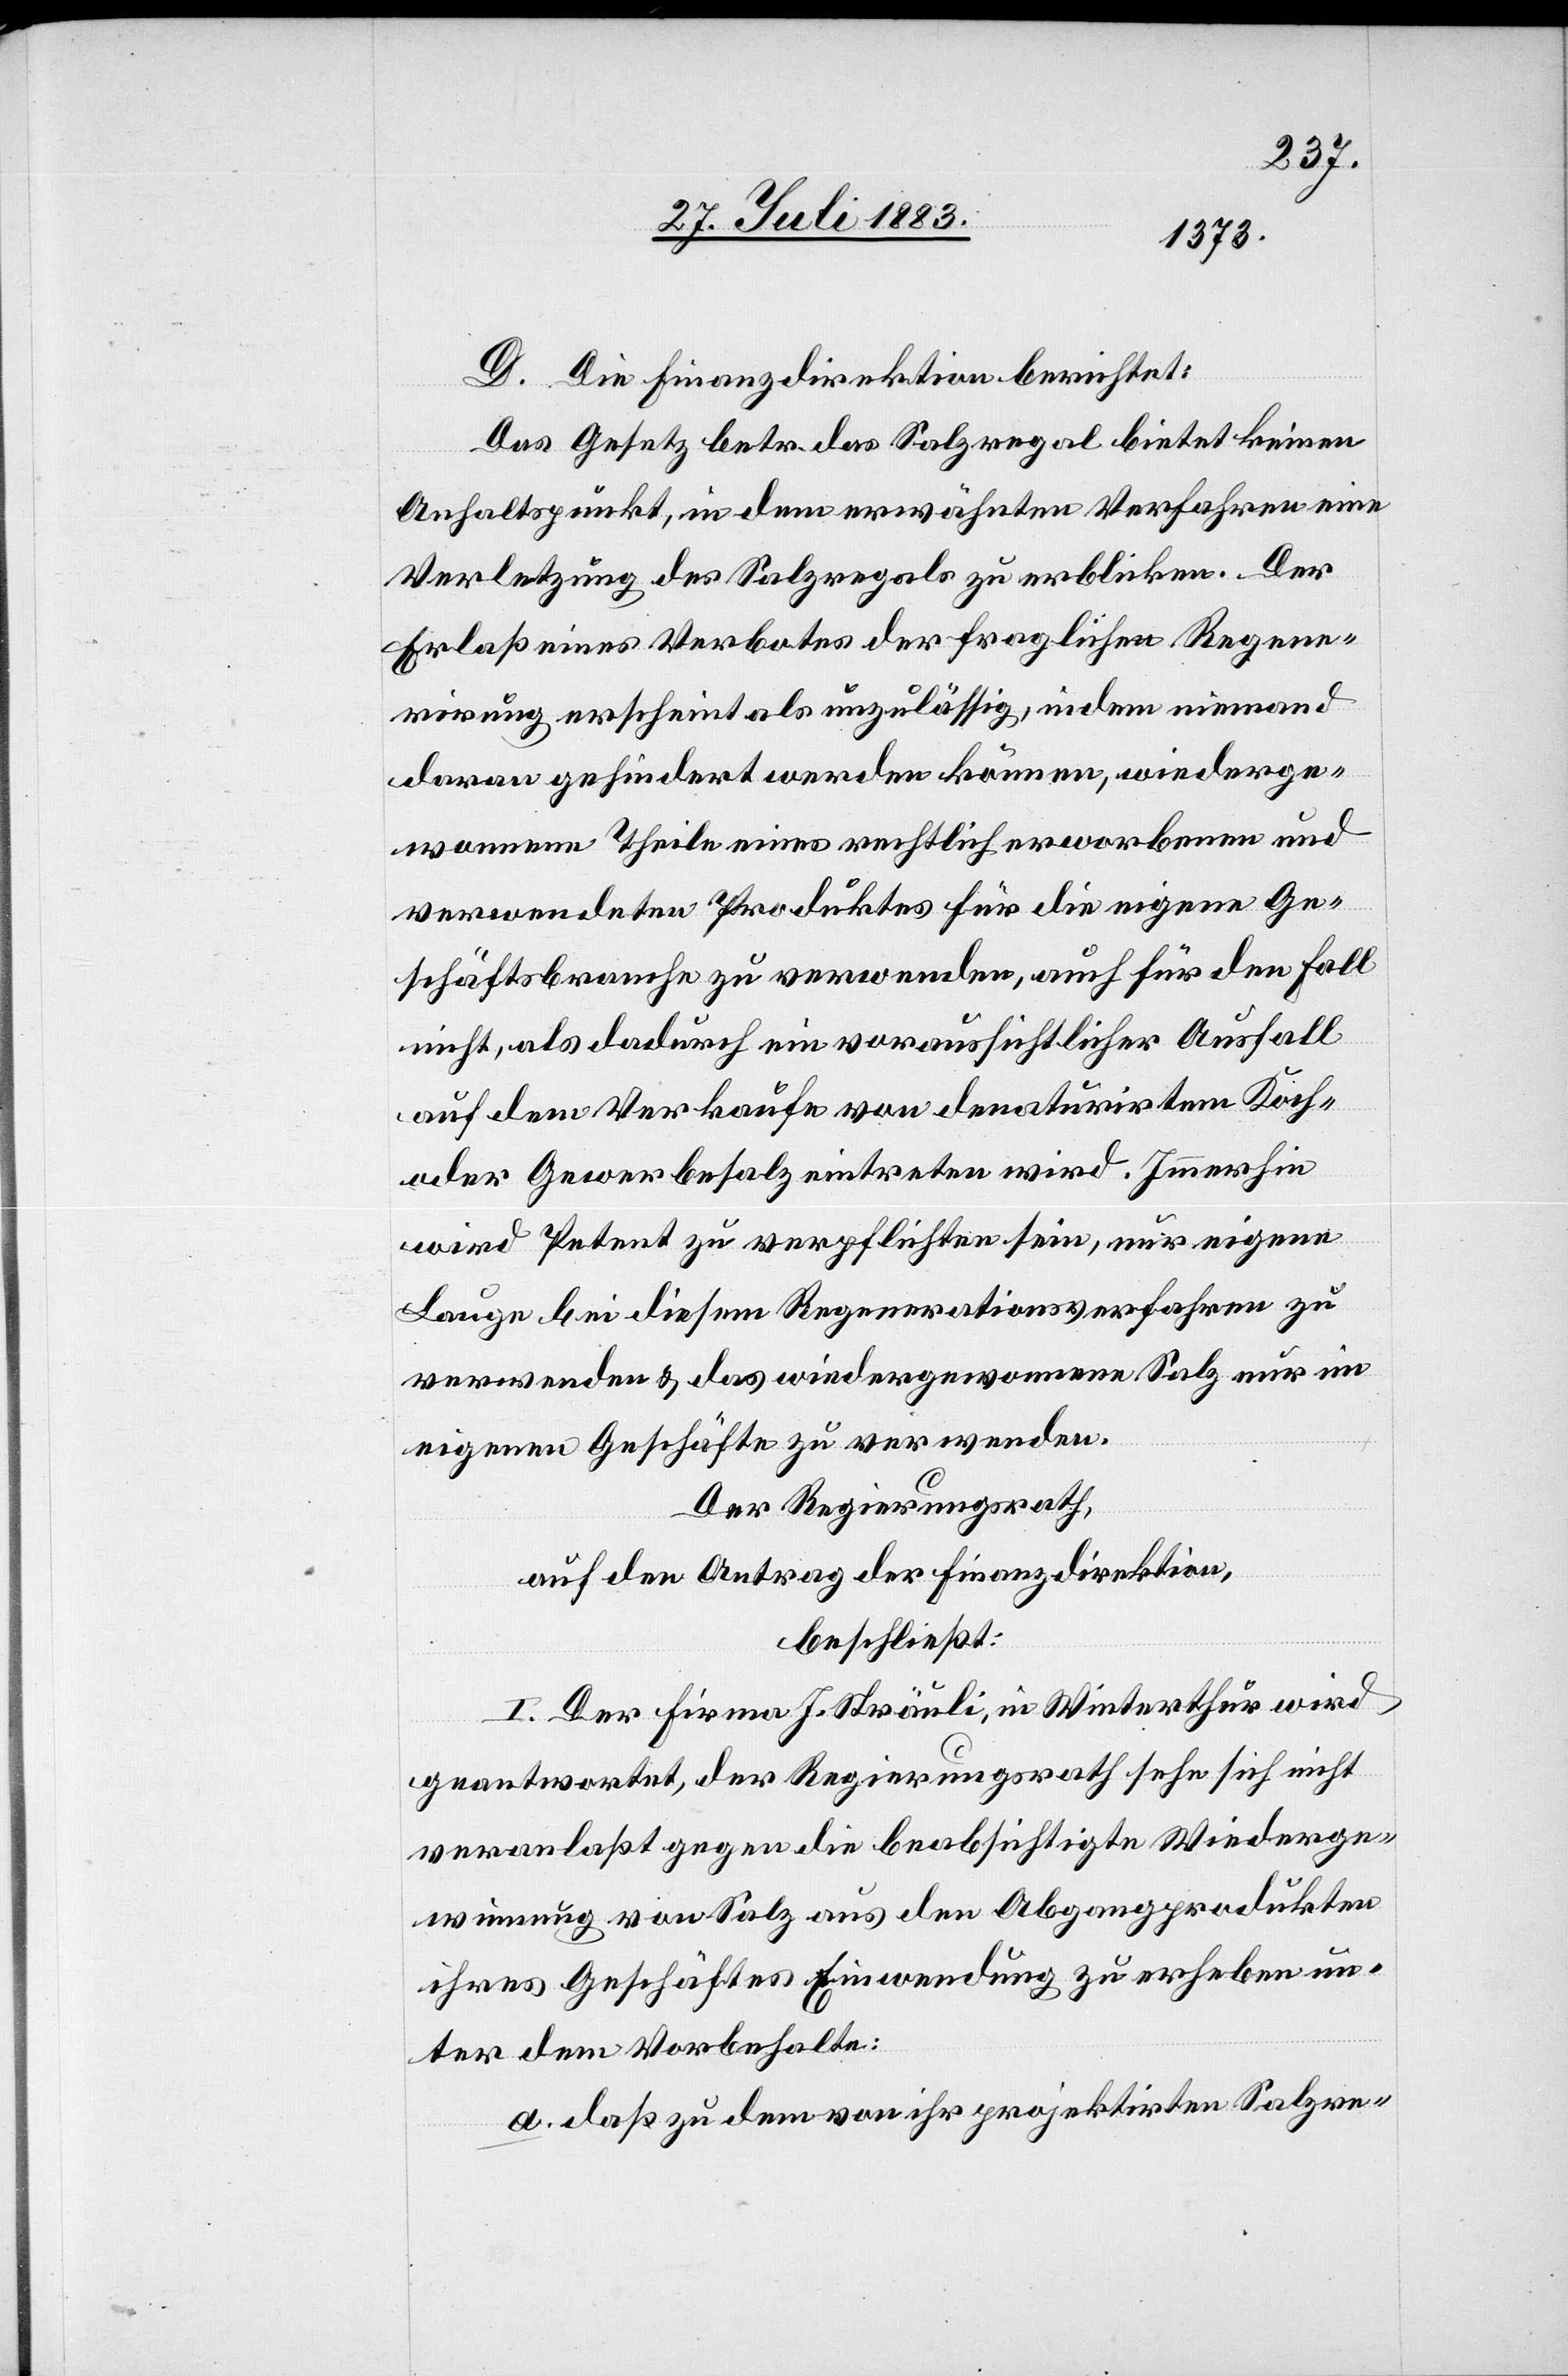
D. Die Finanzdirektion berichtet:
Das Gesetz betr. das Salzregal bietet keinen
Anhaltspunkt, in dem erwähnten Verfahren eine
Verletzung des Salzregals zu erblicken. Der
Erlaß eines Verbotes der fraglichen Regene¬
rirung erscheint als unzulässig, indem niemand
daran gehindert werden können [recte: könne], wiederge¬
wonnene Theile eines rechtlich erworbenen und
verwendeten Produktes für die eigene Ge¬
schäftsbranche zu verwenden, auch für den Fall
nicht, als dadurch ein voraussichtlicher Ausfall
auf dem Verkaufe von denaturirtem Koch-
oder Gewerbesatz eintreten wird. Immerhin
wird Petent zu verpflichten sein, nur eigene
Lauge bei diesem Reparationsverfahren zu
verwenden & das wiedergewonnene Salz nur im
eigenen Geschäfte zu verwenden.
Der Regierungsrath,
auf den Antrag der Finanzdirektion,
beschließt:
I. Der Firma J. Sträuli, in Winterthur wird
geantwortet, der Regierungsrath sehe sich nicht
veranlaßt gegen die beabsichtige Wiederge¬
winnung von Salz aus den Abgangsprodukten
ihres Geschäftes Einwendung zu erheben un¬
ter dem Vorbehalte:
a. daß zu dem von ihr projektirten Salzre-